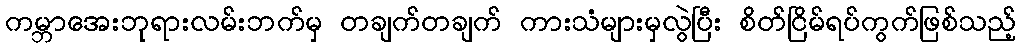
ကမ္ဘာအေးဘုရားလမ်းဘက်မှ တချက်တချက် ကားသံများမှလွဲပြီး စိတ်ငြိမ်ရပ်ကွက်ဖြစ်သည့်